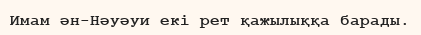
Имам ән-Нәуәуи екі рет қажылыққа барады.